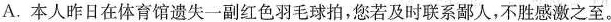
A.本人昨日在体育馆遗失一副红色羽毛球拍，您若及时联系鄙人，不胜感激之至。